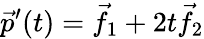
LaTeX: {\vec{p}}^{\prime}(t)={\vec{f}}_{1}+2t{\vec{f}}_{2}